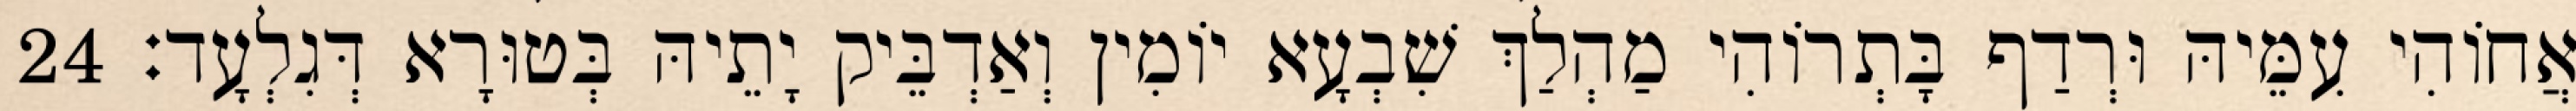
אֲחוֹהִי עִמֵּיהּ וּרְדַף בָּתְרוֹהִי מַהְלַךְ שִׁבְעָא יוֹמִין וְאַדְבֵּיק יָתֵיהּ בְּטוּרָא דְּגִלְעָד׃ 24